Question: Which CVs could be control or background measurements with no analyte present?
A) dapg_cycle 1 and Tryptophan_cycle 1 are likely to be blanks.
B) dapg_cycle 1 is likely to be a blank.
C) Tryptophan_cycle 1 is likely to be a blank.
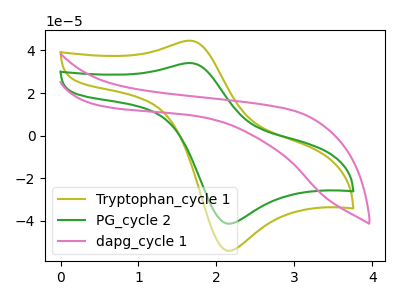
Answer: <think>The olive curve "Tryptophan_cycle 1" has an anodic peak at (1.65V, 44.60uA) and a cathodic peak at (2.15V, -54.00uA). The green curve "PG_cycle 2" has an anodic peak at (1.65V, 34.10uA) and a cathodic peak at (2.15V, -41.30uA). The pink curve "dapg_cycle 1" has no peaks.</think>
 <answer>B) "dapg_cycle 1" is likely to be a blank.</answer>
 <eval>B</eval>